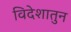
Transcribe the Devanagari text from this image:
विदेशातुन